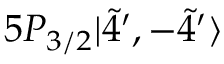
5 P _ { 3 / 2 } | \Tilde { 4 } ^ { \prime } , - \Tilde { 4 } ^ { \prime } \rangle